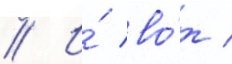
// И́ во́т /